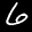
Label: 6